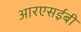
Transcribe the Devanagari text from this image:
आरएसईबी